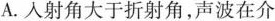
A.人射角大于折射角，声波在介